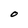
Character: O